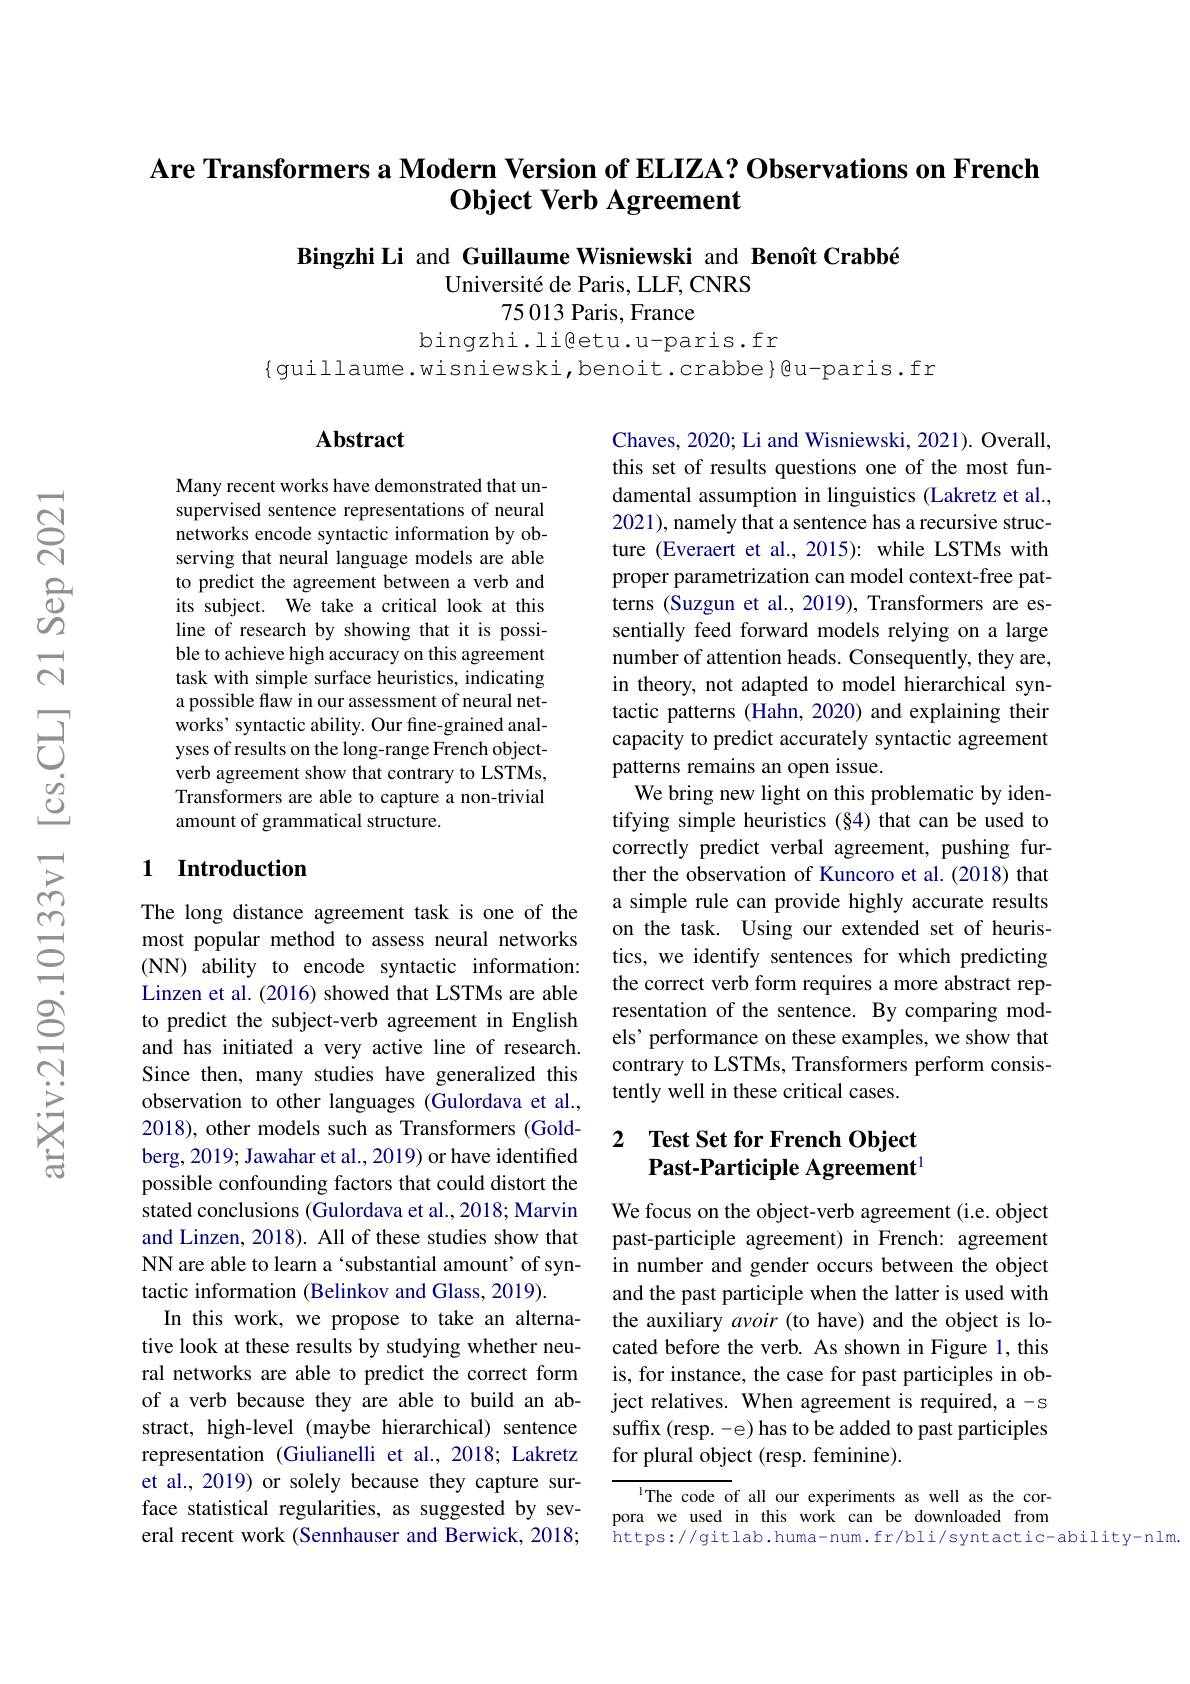
### Are Transformers a Modern Version of ELIZA? Observations on French $\textbf{Object Verb Agreement}$

Bingzhi Li and Guillaume Wisniewski and Benoît Crabbé
Université de Paris, LLF, CNRS
75 013 Paris, France

bingzhi.li@etu.u-paris.fr
{guillaume.wisniewski,benoit.crabbe}@u-paris.fr

### $\mathbf{Abstract}$

Many recent works have demonstrated that unsupervised sentence representations of neural networks encode syntactic information by observing that neural language models are able to predict the agreement between a verb and its subject. We take a critical look at this line of research by showing that it is possible to achieve high accuracy on this agreement task with simple surface heuristics, indicating a possible flaw in our assessment of neural networks' syntactic ability. Our fine-grained analyses of results on the long-range French objectverb agreement show that contrary to LSTMs, Transformers are able to capture a non-trivial amount of grammatical structure.

Chaves, 2020; Li and Wisniewski, 2021). Overall, this set of results questions one of the most fundamental assumption in linguistics (Lakretz et al., 2021), namely that a sentence has a recursive structure (Everaert et al., 2015): while LSTMs with proper parametrization can model context-free patterns (Suzgun et al., 2019), Transformers are essentially feed forward models relying on a large number of attention heads. Consequently, they are, in theory, not adapted to model hierarchical syntactic patterns (Hahn, 2020) and explaining their capacity to predict accurately syntactic agreement patterns remains an open issue.
We bring new light on this problematic by identifying simple heuristics (§4) that can be used to correctly predict verbal agreement, pushing further the observation of Kuncoro et al. (2018) that a simple rule can provide highly accurate results on the task. Using our extended set of heuristics, we identify sentences for which predicting the correct verb form requires a more abstract representation of the sentence. By comparing models' performance on these examples, we show that contrary to LSTMs, Transformers perform consistently well in these critical cases.

## 1 Introduction

## 2 $\textbf{Test Set for French Object}$ Past-Participle Agreement$^{1}$

The long distance agreement task is one of the most popular method to assess neural networks (NN) ability to encode syntactic information: Linzen et al. (2016) showed that LSTMs are able to predict the subject-verb agreement in English and has initiated a very active line of research. Since then, many studies have generalized this observation to other languages (Gulordava et al., 2018), other models such as Transformers (Goldberg, 2019; Jawahar et al., 2019) or have identified possible confounding factors that could distort the stated conclusions (Gulordava et al., 2018; Marvin and Linzen, 2018). All of these studies show that NN are able to learn a ‘substantial amount’ of syntactic information (Belinkov and Glass, 2019).
In this work, we propose to take an alternative look at these results by studying whether neural networks are able to predict the correct form of a verb because they are able to build an abstract, high-level (maybe hierarchical) sentence representation (Giulianelli et al., 2018; Lakretz et al., 2019) or solely because they capture surface statistical regularities, as suggested by several recent work (Sennhauser and Berwick, 2018;

We focus on the object-verb agreement (i.e. object past-participle agreement) in French: agreement in number and gender occurs between the object and the past participle when the latter is used with the auxiliary avoir (to have) and the object is located before the verb. As shown in Figure 1, this is, for instance, the case for past participles in object relatives. When agreement is required, a-s suffix (resp. -e) has to be added to past participles for plural object (resp. feminine).

IThe code of all our experiments as well as the corpora we used in this work can be downloaded from https: / / gitlab. huma- num. fr/ bli/ syntactic- ability- nlm.